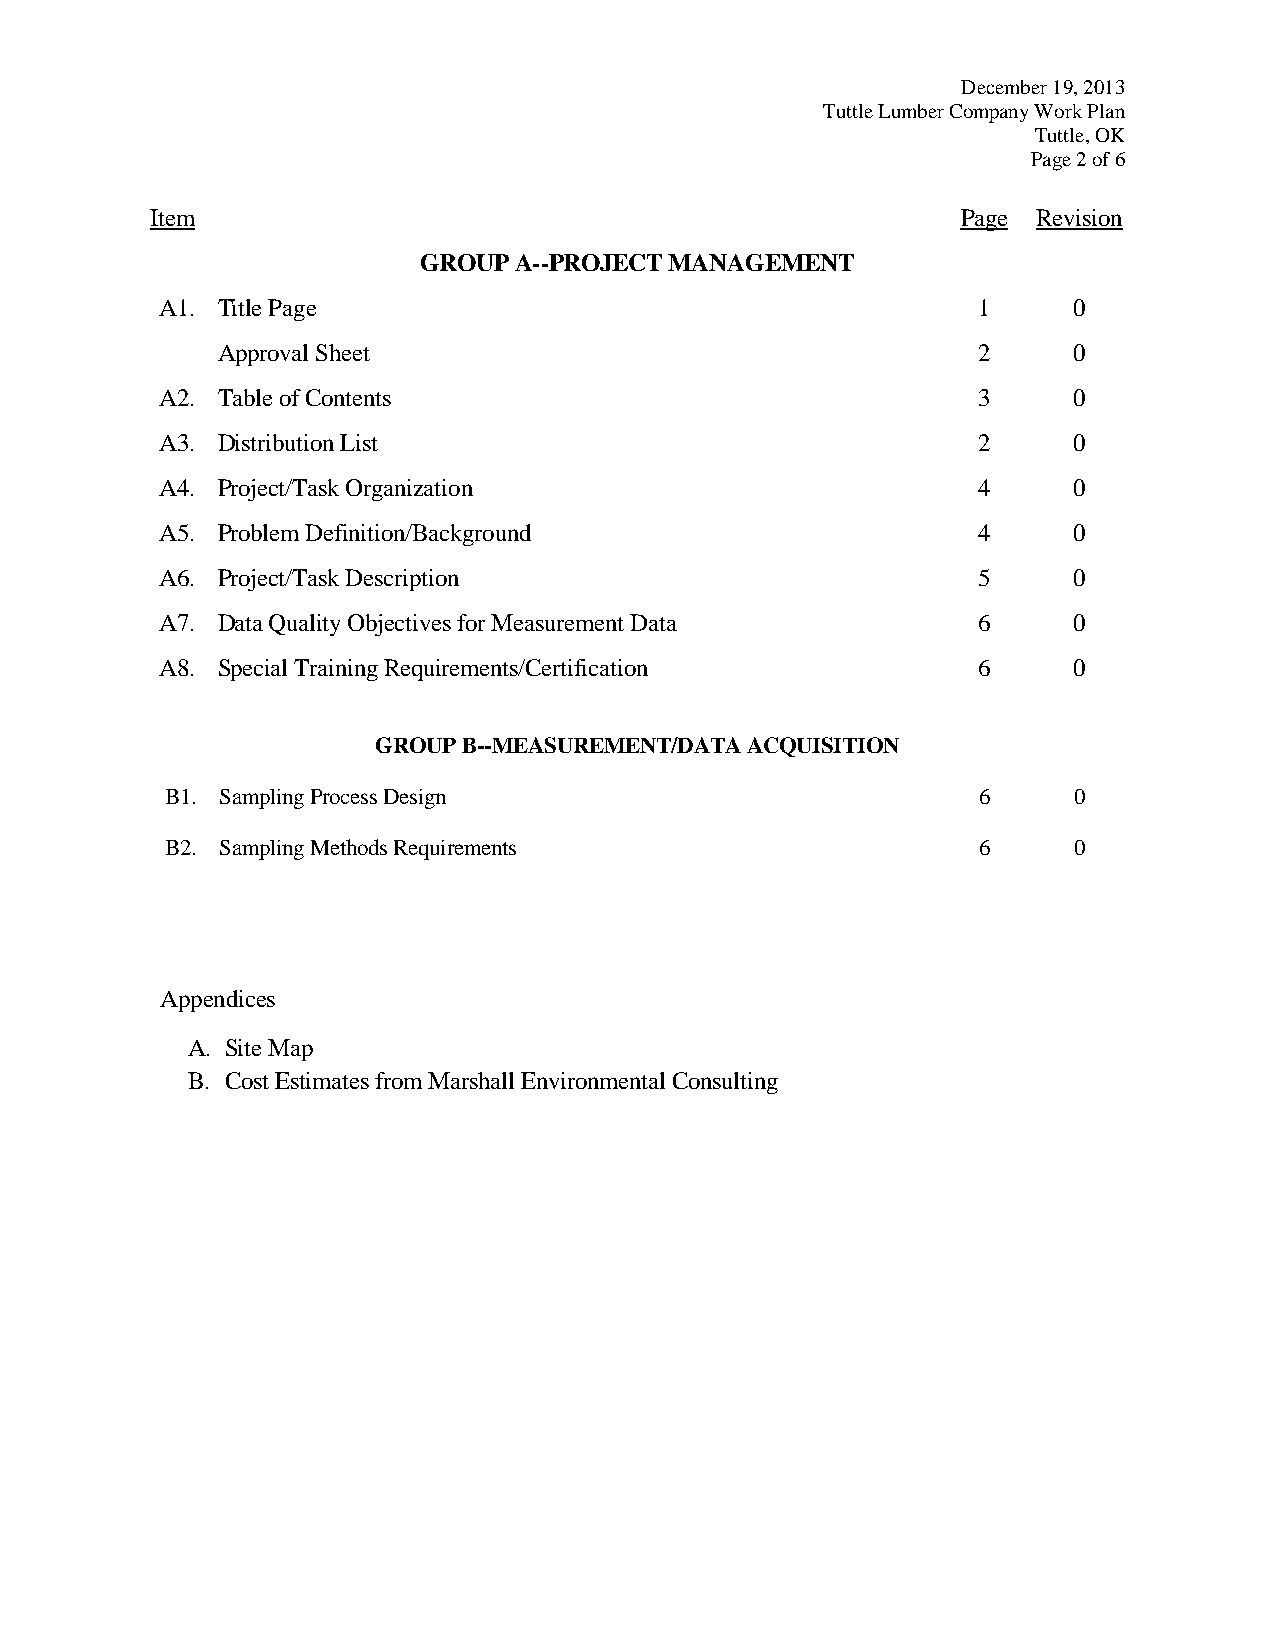
December 19, 2013
 Tuttle Lumber Company Work Plan
 Tuttle, OK
 Page 2 of 6
 Item                                                  Page Revision
 GROUP A--PROJECT MANAGEMENT
 A1. Title Page                                        1     0
 Approval Sheet                                     2     0
 A2. Table of Contents                                 3     0
 A3. Distribution List                                 2     0
 A4. Project/Task Organization                         4     0
 A5. Problem Definition/Background                     4     0
 A6. Project/Task Description                          5     0
 A7. Data Quality Objectives for Measurement Data      6     0
 A8. Special Training Requirements/Certification       6     0
 GROUP B--MEASUREMENT/DATA ACQUISITION
 B1. Sampling Process Design                           6     0
 B2. Sampling Methods Requirements                     6     0
 Appendices
 A. Site Map
 B. Cost Estimates from Marshall Environmental Consulting